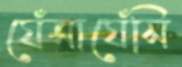
ঘেঁসাঘেঁসি